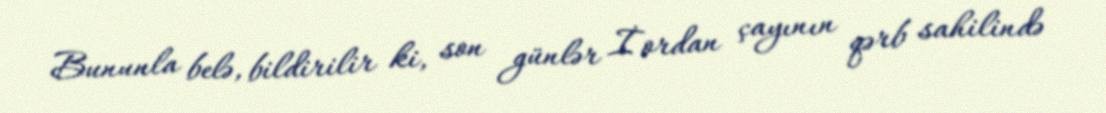
Bununla belə, bildirilir ki, son günlər İordan çayının qərb sahilində